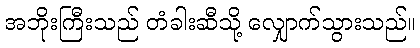
အဘိုးကြီးသည် တံခါးဆီသို့ လျှောက်သွားသည်။